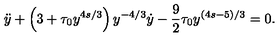
\ddot { y } + \left( 3 + \tau _ { 0 } y ^ { 4 s / 3 } \right) y ^ { - 4 / 3 } \dot { y } - \frac 9 2 \tau _ { 0 } y ^ { ( 4 s - 5 ) / 3 } = 0 .